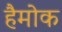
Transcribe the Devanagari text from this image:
हैमोक